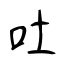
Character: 吐